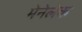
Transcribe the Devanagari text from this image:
मेनेलेक